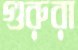
গুরুরা